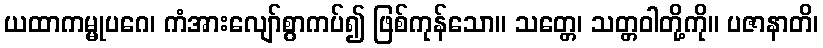
ယထာကမ္မုပဂေ၊ ကံအားလျော်စွာကပ်၍ ဖြစ်ကုန်သော။ သတ္တေ၊ သတ္တဝါတို့ကို။ ပဇာနာတိ၊